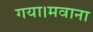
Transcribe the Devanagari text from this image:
गया।मवाना